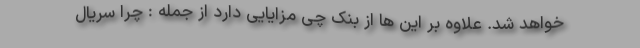
خواهد شد. علاوه بر این ها از بنک چی مزایایی دارد از جمله : چرا سریال